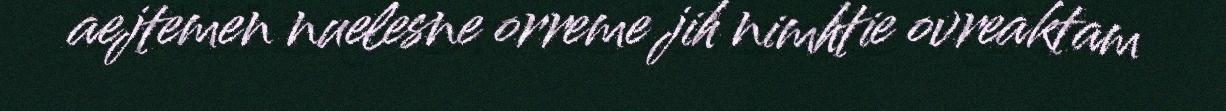
aejtemen nuelesne orreme jih nimhtie ovreaktam